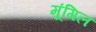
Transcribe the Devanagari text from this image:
मूंगिल